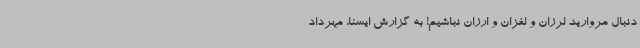
دنبال مروارید لرزان و لغزان و ارزان نباشیم! به گزارش ایسنا، مهرداد